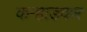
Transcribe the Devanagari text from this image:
कऱ्हाडकर